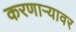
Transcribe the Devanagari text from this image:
करणार्‍यावर